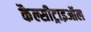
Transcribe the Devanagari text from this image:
कैल्सीट्राइऑल